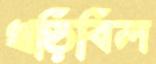
খড়িবিল